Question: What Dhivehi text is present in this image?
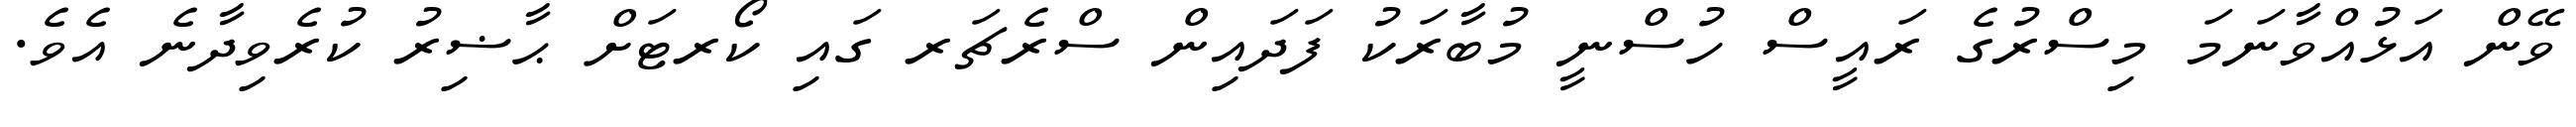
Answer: ވޭން އަޅުއްވާނަމަ މިސްރުގެ ރައީސް ހުސްނީ މުބާރަކު ފަދައިން ސްރެޗަރ ގައި ކޯރޓަށް ޙާޟިރު ކުރެވިދާނެ އެވެ.